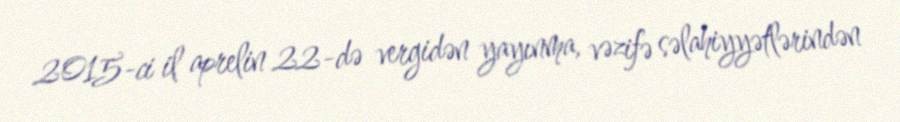
2015-ci il aprelin 22-də vergidən yayınma, vəzifə səlahiyyətlərindən